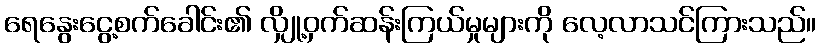
ရေနွေးငွေ့စက်ခေါင်း၏ လျှို့ဝှက်ဆန်းကြယ်မှုများကို လေ့လာသင်ကြားသည်။